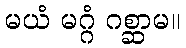
မယံ မဂ္ဂံ ဂစ္ဆာမ။